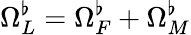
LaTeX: \Omega_{L}^{\flat}=\Omega_{F}^{\flat}+\Omega_{M}^{\flat}